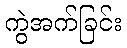
ကွဲအက်ခြင်း